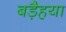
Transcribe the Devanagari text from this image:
बड़ैहया